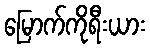
မြောက်ကိုရီးယား